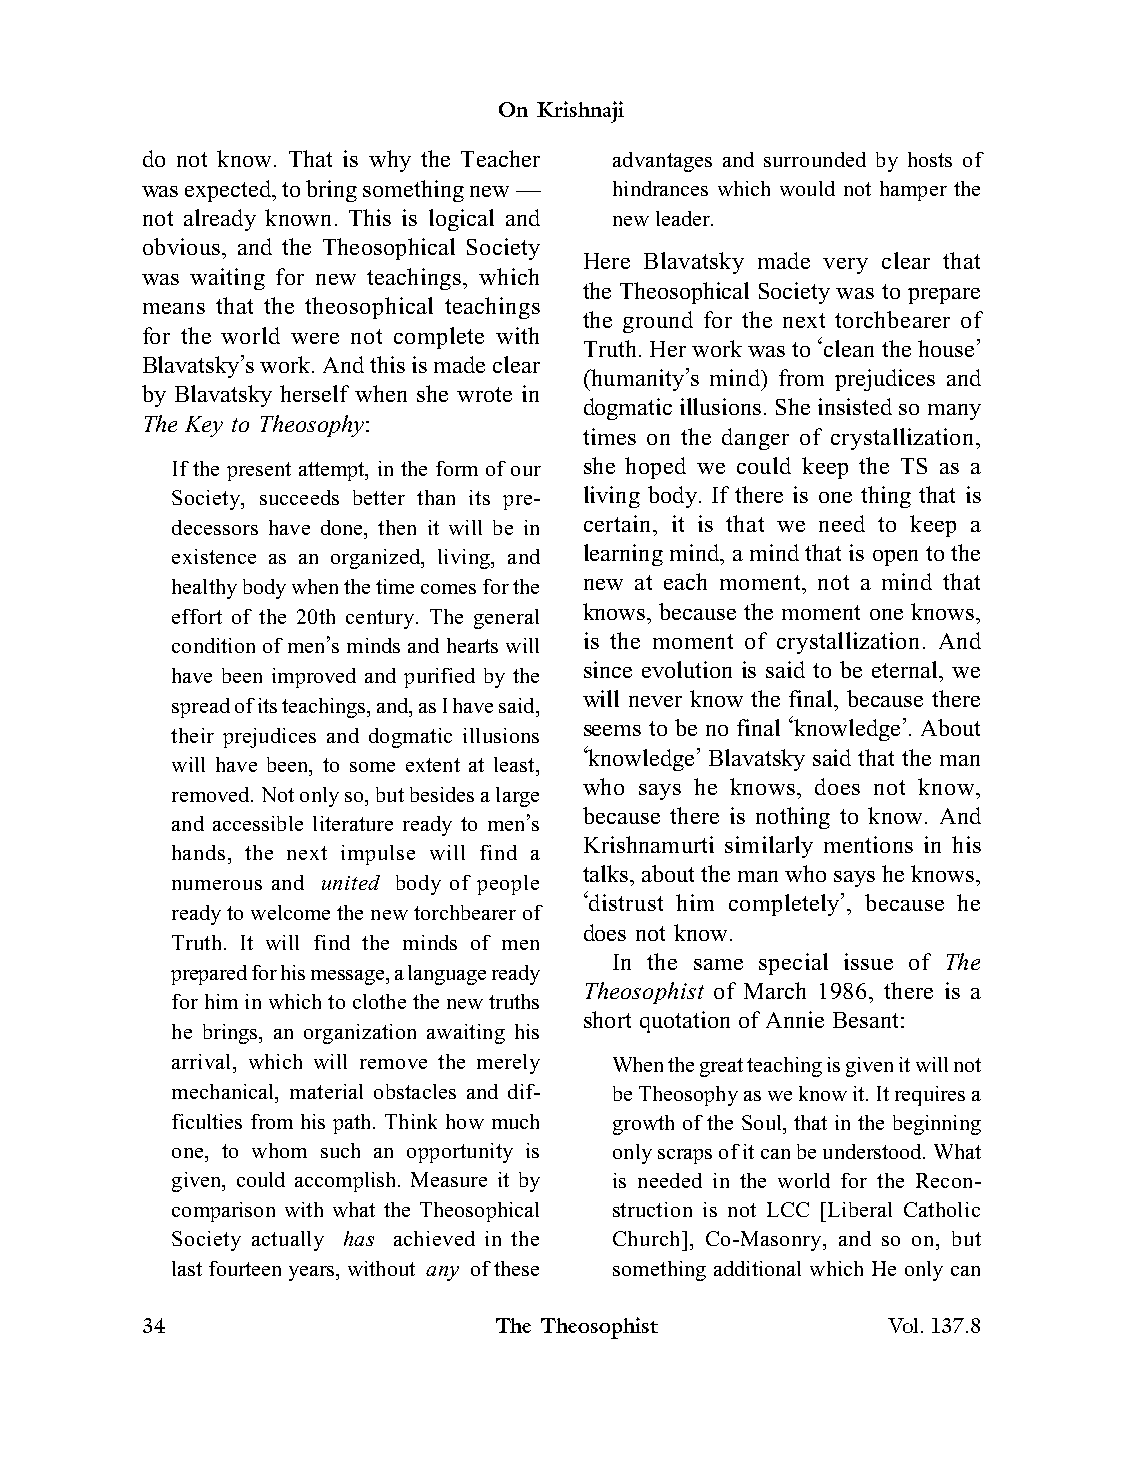
On Krishnaji
 do not know. That is why the Teacher advantages and surrounded by hosts of
 was expected, to bring something new— hindrances which would not hamper the
 not already known. This is logical and new leader.
 obvious, and the Theosophical Society
 Here Blavatsky made very clear that
 was waiting for new teachings, which
 the Theosophical Society was to prepare
 means that the theosophical teachings
 the ground for the next torchbearer of
 for the world were not complete with
 Truth. Her work was to ‘clean the house’
 Blavatsky’s work. And this is made clear
 (humanity’s mind) from prejudices and
 by Blavatsky herself when she wrote in
 dogmatic illusions. She insisted so many
 The Key to Theosophy:
 times on the danger of crystallization,
 If the present attempt, in the form of our she hoped we could keep the TS as a
 Society, succeeds better than its pre- living body. If there is one thing that is
 decessors have done, then it will be in certain, it is that we need to keep a
 existence as an organized, living, and learning mind, a mind that is open to the
 healthy body when the time comes for the new at each moment, not a mind that
 effort of the 20th century. The general knows, because the moment one knows,
 condition of men’s minds and hearts will is the moment of crystallization. And
 since evolution is said to be eternal, we
 have been improved and purified by the
 will never know the final, because there
 spread of its teachings, and, as I have said,
 seems to be no final ‘knowledge’. About
 their prejudices and dogmatic illusions
 ‘knowledge’ Blavatsky said that the man
 will have been, to some extent at least,
 who says he knows, does not know,
 removed. Not only so, but besides a large
 because there is nothing to know. And
 and accessible literature ready to men’s
 Krishnamurti similarly mentions in his
 hands, the next impulse will find a
 talks, about the man who says he knows,
 numerous and united body of people
 ‘distrust him completely’, because he
 ready to welcome the new torchbearer of
 does not know.
 Truth. It will find the minds of men
 In the same special issue of The
 prepared for his message, a language ready
 Theosophist of March 1986, there is a
 for him in which to clothe the new truths
 short quotation of Annie Besant:
 he brings, an organization awaiting his
 arrival, which will remove the merely When the great teaching is given it will not
 mechanical, material obstacles and dif- be Theosophy as we know it. It requires a
 ficulties from his path. Think how much growth of the Soul, that in the beginning
 one, to whom such an opportunity is only scraps of it can be understood. What
 given, could accomplish. Measure it by is needed in the world for the Recon-
 comparison with what the Theosophical struction is not LCC [Liberal Catholic
 Society actually has achieved in the Church], Co-Masonry, and so on, but
 last fourteen years, without any of these something additional which He only can
 34                      The Theosophist           Vol.137.8